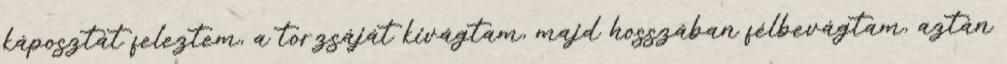
káposztát feleztem, a torzsáját kivágtam, majd hosszában félbevágtam, aztán